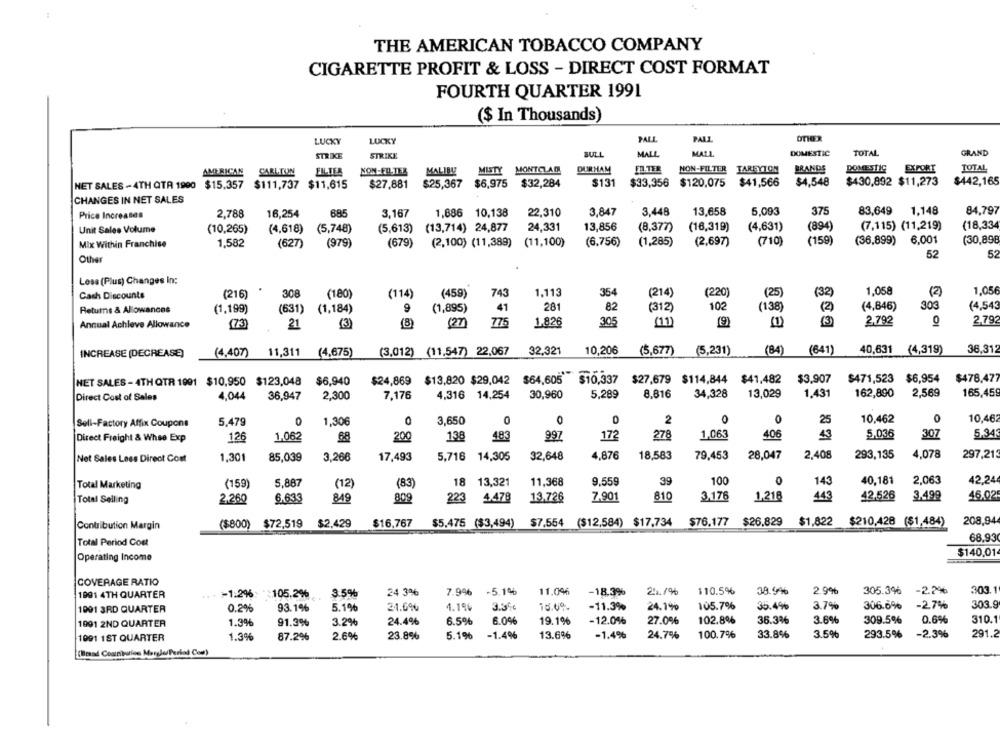
THE AMERICAN TOBACCO COMPANY
CIGARETTE PROFIT & LOSS - DIRECT COST FORMAT
FOURTH QUARTER 1991
($ In Thousands)
LUCKY
LUCKY
PALL
PALL
STRIKE
STRIKE
BULL
MALL
MALL
DOMESTIC
TOTAL
GRAND
AMERICAN
CARLTON
FILTER
NON-FILTER
MALIBU
MISTY MONTCLAR
DURHAM
FA TER
NON-FILTER TAREYTON
BRANDS
DOMESTIC
EXPORT
TOTAL
NET SALES - 4TH QTA 1900 $15.357 $111,737 $11,615
$27,881
$25,367 $6,975 $32,284
$131
$33,356 $120,075 $41,566
$4,548
$430,892 $11,273 $442,165
CHANGES IN NET SALES
3.448
13,658
5.093
375
83,649 1,148
84,797
Price Increases
2,788
16,254
885
3.167
1,886 10,138
22,310
3,847
13,856
(894)
(7,115) (11,219)
(18,334
Unit Sales Volume
(10,265)
(4,618)
(5,748)
(5,613)
(13,714) 24,877
24,331
(8,377)
(16,319)
(4,631)
(159)
(36,899) 6,001
(30,898
Mix Within Franchise
1,582
(627)
(979)
(679)
(2,100) (11,389)
(11,100)
(6,756)
(1,285)
(2,697)
(710)
52
52
Other
Lesa (Plus) Changes In:
308
743
1.113
354
(214)
(220)
(25)
(32)
1,058
(2)
1,056
Cash Discounts
(216)
(180)
(114)
(459)
9
41
281
82
(312)
102
(138)
(2)
(4,846)
303
(4,543
Returns & Allowances
(1,199)
(631)
(1,184)
(1,895)
775
1.826
305
(11)
(9)
2,792
0
2,792
Annual Achleve Allowance
(73)
21
(3)
(8)
(27)
INCREASE (DECREASE)
(4,407)
11,311
(4,675)
(3,012) (11,547) 22,067
32,321
10,206
(5,677)
(5,231)
(84)
(641)
40,631
(4,319)
36.31
NET SALES - 4TH QTR 1991 $10,950 $123,048 $6,940
$24,869 $13,820 $29,042 $64,605
$10,337 $27,679 $114,844
$41.482
$3,907
$471,523 $6,954
$478,477
Direct Cost of Sales
4,044
36,947
2,300
7,176
4,316 14,254
30,960
5.289
8,816
34,328
13,029
1.431
162,890
2.569
165,459
3.650
0
0
2
0
0
25
10,462
0
10,462
Sell-Factory Affix Coupons
5,479
1,306
483
172
278
1,063
406
43
5,036
307
5.34
Direct Freight & Whse Exp
126
1,062
68
200
138
997
Net Sales Less Direct Cost
1,301
85,039
3,266
17,493
5,716 14,305
32,648
4,876
18,583
79,453
28,047
2,408
293,135
4,078
297,213
39
100
0
40,181
2,063
42.24
Total Marketing
(159)
5,887
(12)
(83
18 13,321
11,368
9.559
143
42,526
3,499
46.02
Total Selling
2.260
6.633
849
809
223
4.478
13.726
7.901
810
3,176
1,218
443
Contribution Margin
($800) $72,519
$2,429
$16,767
$5,475 ($3,494)
$7.554 ($12,584) $17,734
$76.177 $26,829 $1,822 $210,428 ($1,484)
208,94
Total Period Cost
68.93
$140.01
Operating Income
COVERAGE RATIO
i. - >1:296:
3.5%
24 3%
7.9%
-5.1%
11.06
-18.3%
21.1%
$10.5%
38.9%
2.9%
305.3% -2.2%
303.1
1991 4TH QUARTER
:105.2%
1991 3RD QUARTER
0.2%
93.1%
5.1%
21.6%
1.19%
3.5%
16.69.
-11.3%
24.1%
105.7%
35.4%
3.7%
306.6%
-27%
303.9
1991 2ND QUARTER
1.3%
91.3%
3.2%
24.4%
6.5%
6.0%
19.1%
-12.0%
27.0%
102.8%
36.3%
3.6%
309.5%
0.6%
310.1
1091 1ST QUARTER
1.3%
87.2%
2.6%
23.8%
5.1%
-1.4%
13.6%
-1.4%
24.7%
100.7%
33.8%
3.5%
293.5%
-2.3%
291.2
(Brad Coatnbution Margle/ Period Com)